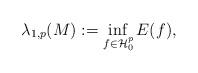
LaTeX: \begin{align*} \lambda_{1,p}(M):= \inf_{f \in \mathcal{H}^p_0} E(f),\end{align*}